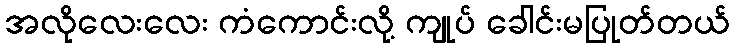
အလိုလေးလေး ကံကောင်းလို့ ကျုပ် ခေါင်းမပြုတ်တယ်